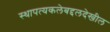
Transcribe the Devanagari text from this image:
स्थापत्यकलेबद्दलदेखील